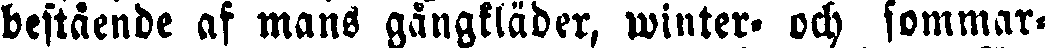
bestående af mans gångkläder, winter- och sommar-